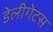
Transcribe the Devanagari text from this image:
डेलीगेटस